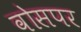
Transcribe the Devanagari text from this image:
वोसपर